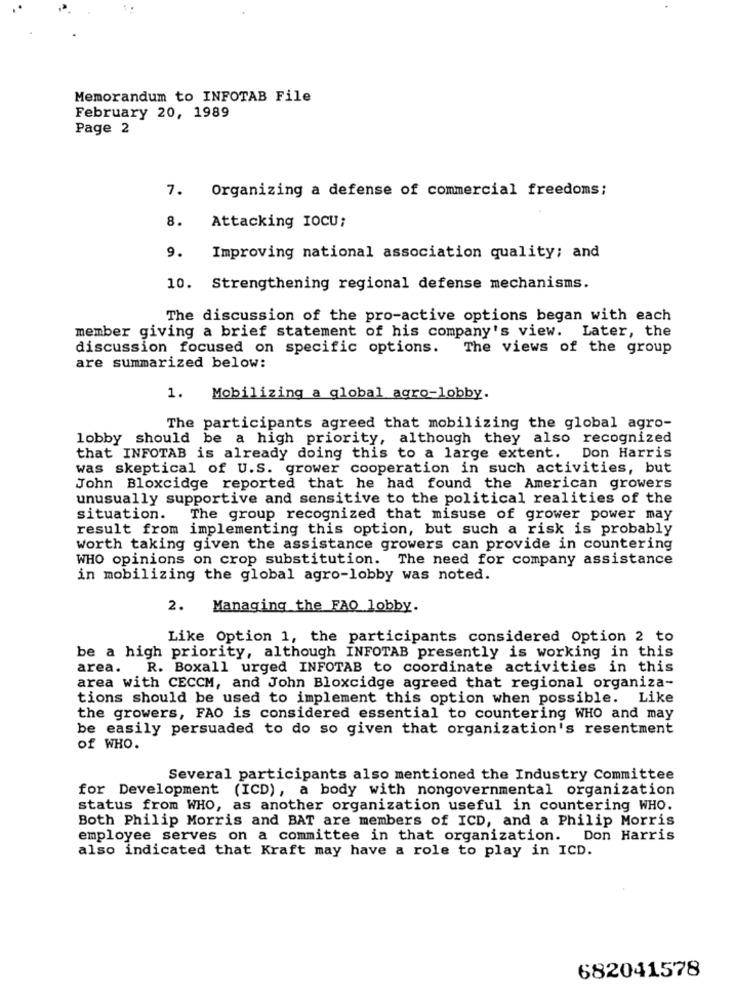
Memorandum to INFOTAB File
February 20, 1989
Page 2
7.
Organizing a defense of commercial freedoms;
8.
Attacking IOCU;
9.
Improving national association quality; and
10. Strengthening regional defense mechanisms.
The discussion of the pro-active options began with each
member giving a brief statement of his company's view. Later, the
discussion focused on specific options. The views of the group
are summarized below:
1.
Mobilizing a global agro-lobby.
The participants agreed that mobilizing the global agro-
lobby should be a high priority, although they also recognized
that INFOTAB is already doing this to a large extent. Don Harris
was skeptical of U.S. grower cooperation in such activities, but
John Bloxcidge reported that he had found the American growers
unusually supportive and sensitive to the political realities of the
situation.
The group recognized that misuse of grower power may
result from implementing this option, but such a risk is probably
Worth taking given the assistance growers can provide in countering
WHO opinions on crop substitution. The need for company assistance
in mobilizing the global agro-lobby was noted.
2.
Managing the FAO lobby.
Like Option 1, the participants considered Option 2 to
be a high priority, although INFOTAB presently is working in this
area.
R. Boxall urged INFOTAB to coordinate activities in this
area with CECCM, and John Bloxcidge agreed that regional organiza-
tions should be used to implement this option when possible. Like
the growers, FAO is considered essential to countering WHO and may
be easily persuaded to do so given that organization's resentment
of WHO.
Several participants also mentioned the Industry Committee
for Development (ICD), a body with nongovernmental organization
status from WHO, as another organization useful in countering WHO.
Both Philip Morris and BAT are members of ICD, and a Philip Morris
employee serves on a committee in that organization. Don Harris
also indicated that Kraft may have a role to play in ICD.
682041578